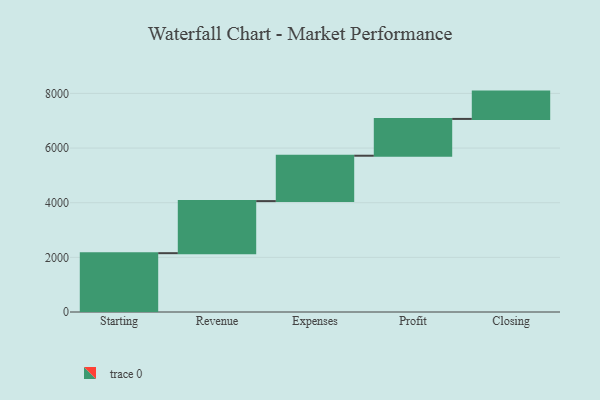
{"axis": {"x": "Step", "y": "Value"}, "legend": [""], "data": [{"x": "Starting", "y": 2153.0, "type": ""}, {"x": "Revenue", "y": 1906.0, "type": ""}, {"x": "Expenses", "y": 1661.0, "type": ""}, {"x": "Profit", "y": 1347.0, "type": ""}, {"x": "Closing", "y": 1000, "type": ""}]}